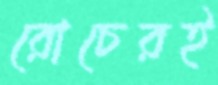
রোচেরই